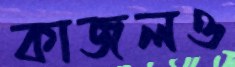
কাজলও